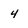
Character: 4